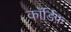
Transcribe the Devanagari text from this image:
कॉर्डिफ़